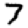
Digit: 7